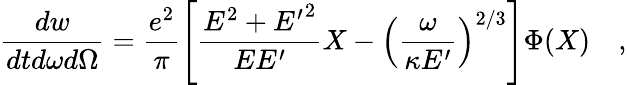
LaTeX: \frac{dw}{dtd\omega d\Omega}=\frac{e^{2}}{\pi}\left[\frac{E^{2}+{E^{\prime}}^{2}}{EE^{\prime}}X-\left(\frac{\omega}{\kappa E^{\prime}}\right)^{2/3}\right]\Phi(X)\quad,